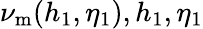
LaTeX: \nu_{\mathrm{m}}(h_{1},\eta_{1}),h_{1},\eta_{1}